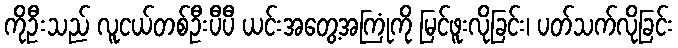
ကိုဦးသည် လူငယ်တစ်ဦးပီပီ ယင်းအတွေ့အကြုံကို မြင်ဖူးလိုခြင်း၊ ပတ်သက်လိုခြင်း